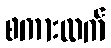
စကားလက်